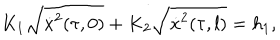
K _ { 1 } \sqrt { \dot { x } ^ { 2 } ( \tau , 0 ) } + K _ { 2 } \sqrt { \dot { x } ^ { 2 } ( \tau , l ) } = h _ { 1 } ,